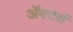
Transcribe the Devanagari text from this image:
ॲक्टर्स